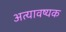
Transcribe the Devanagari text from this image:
अत्यावष्यक